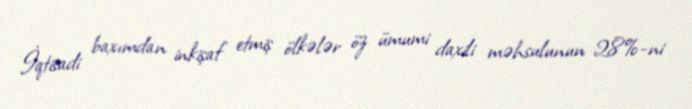
İqtisadi baxımdan inkişaf etmiş ölkələr öz ümumi daxili məhsulunun 28%-ni